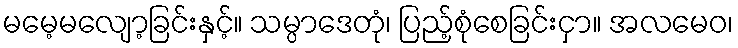
မမေ့မလျော့ခြင်းနှင့်။ သမ္ပာဒေတုံ၊ ပြည့်စုံစေခြင်းငှာ။ အလမေဝ၊